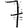
Digit: 7